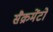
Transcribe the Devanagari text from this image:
सैक्रमेंटो